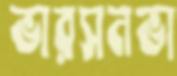
ভারসনভা